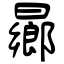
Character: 曏